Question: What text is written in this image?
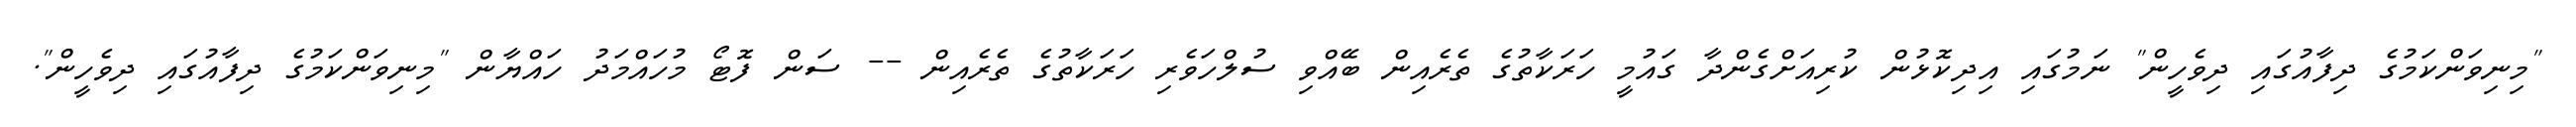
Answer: "މިނިވަންކަމުގެ ދިފާއުގައި ދިވެހީން" ނަމުގައި އިދިކޮޅުން ކުރިއަށްގެންދާ ގައުމީ ހަރަކާތުގެ ތެރެއިން ބޭއްވި ސުލްހަވެރި ހަރަކާތުގެ ތެރެއިން -- ސަން ފޮޓޯ މުހައްމަދު ހައްޔާން "މިނިވަންކަމުގެ ދިފާއުގައި ދިވެހީން".